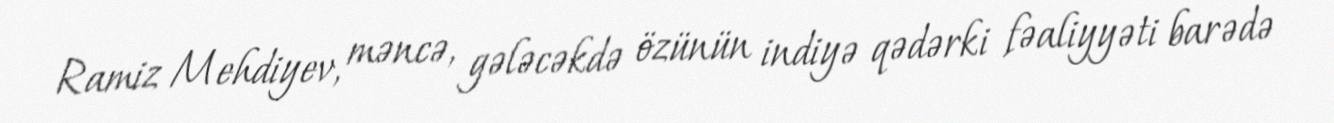
Ramiz Mehdiyev, məncə, gələcəkdə özünün indiyə qədərki fəaliyyəti barədə